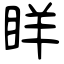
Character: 眻